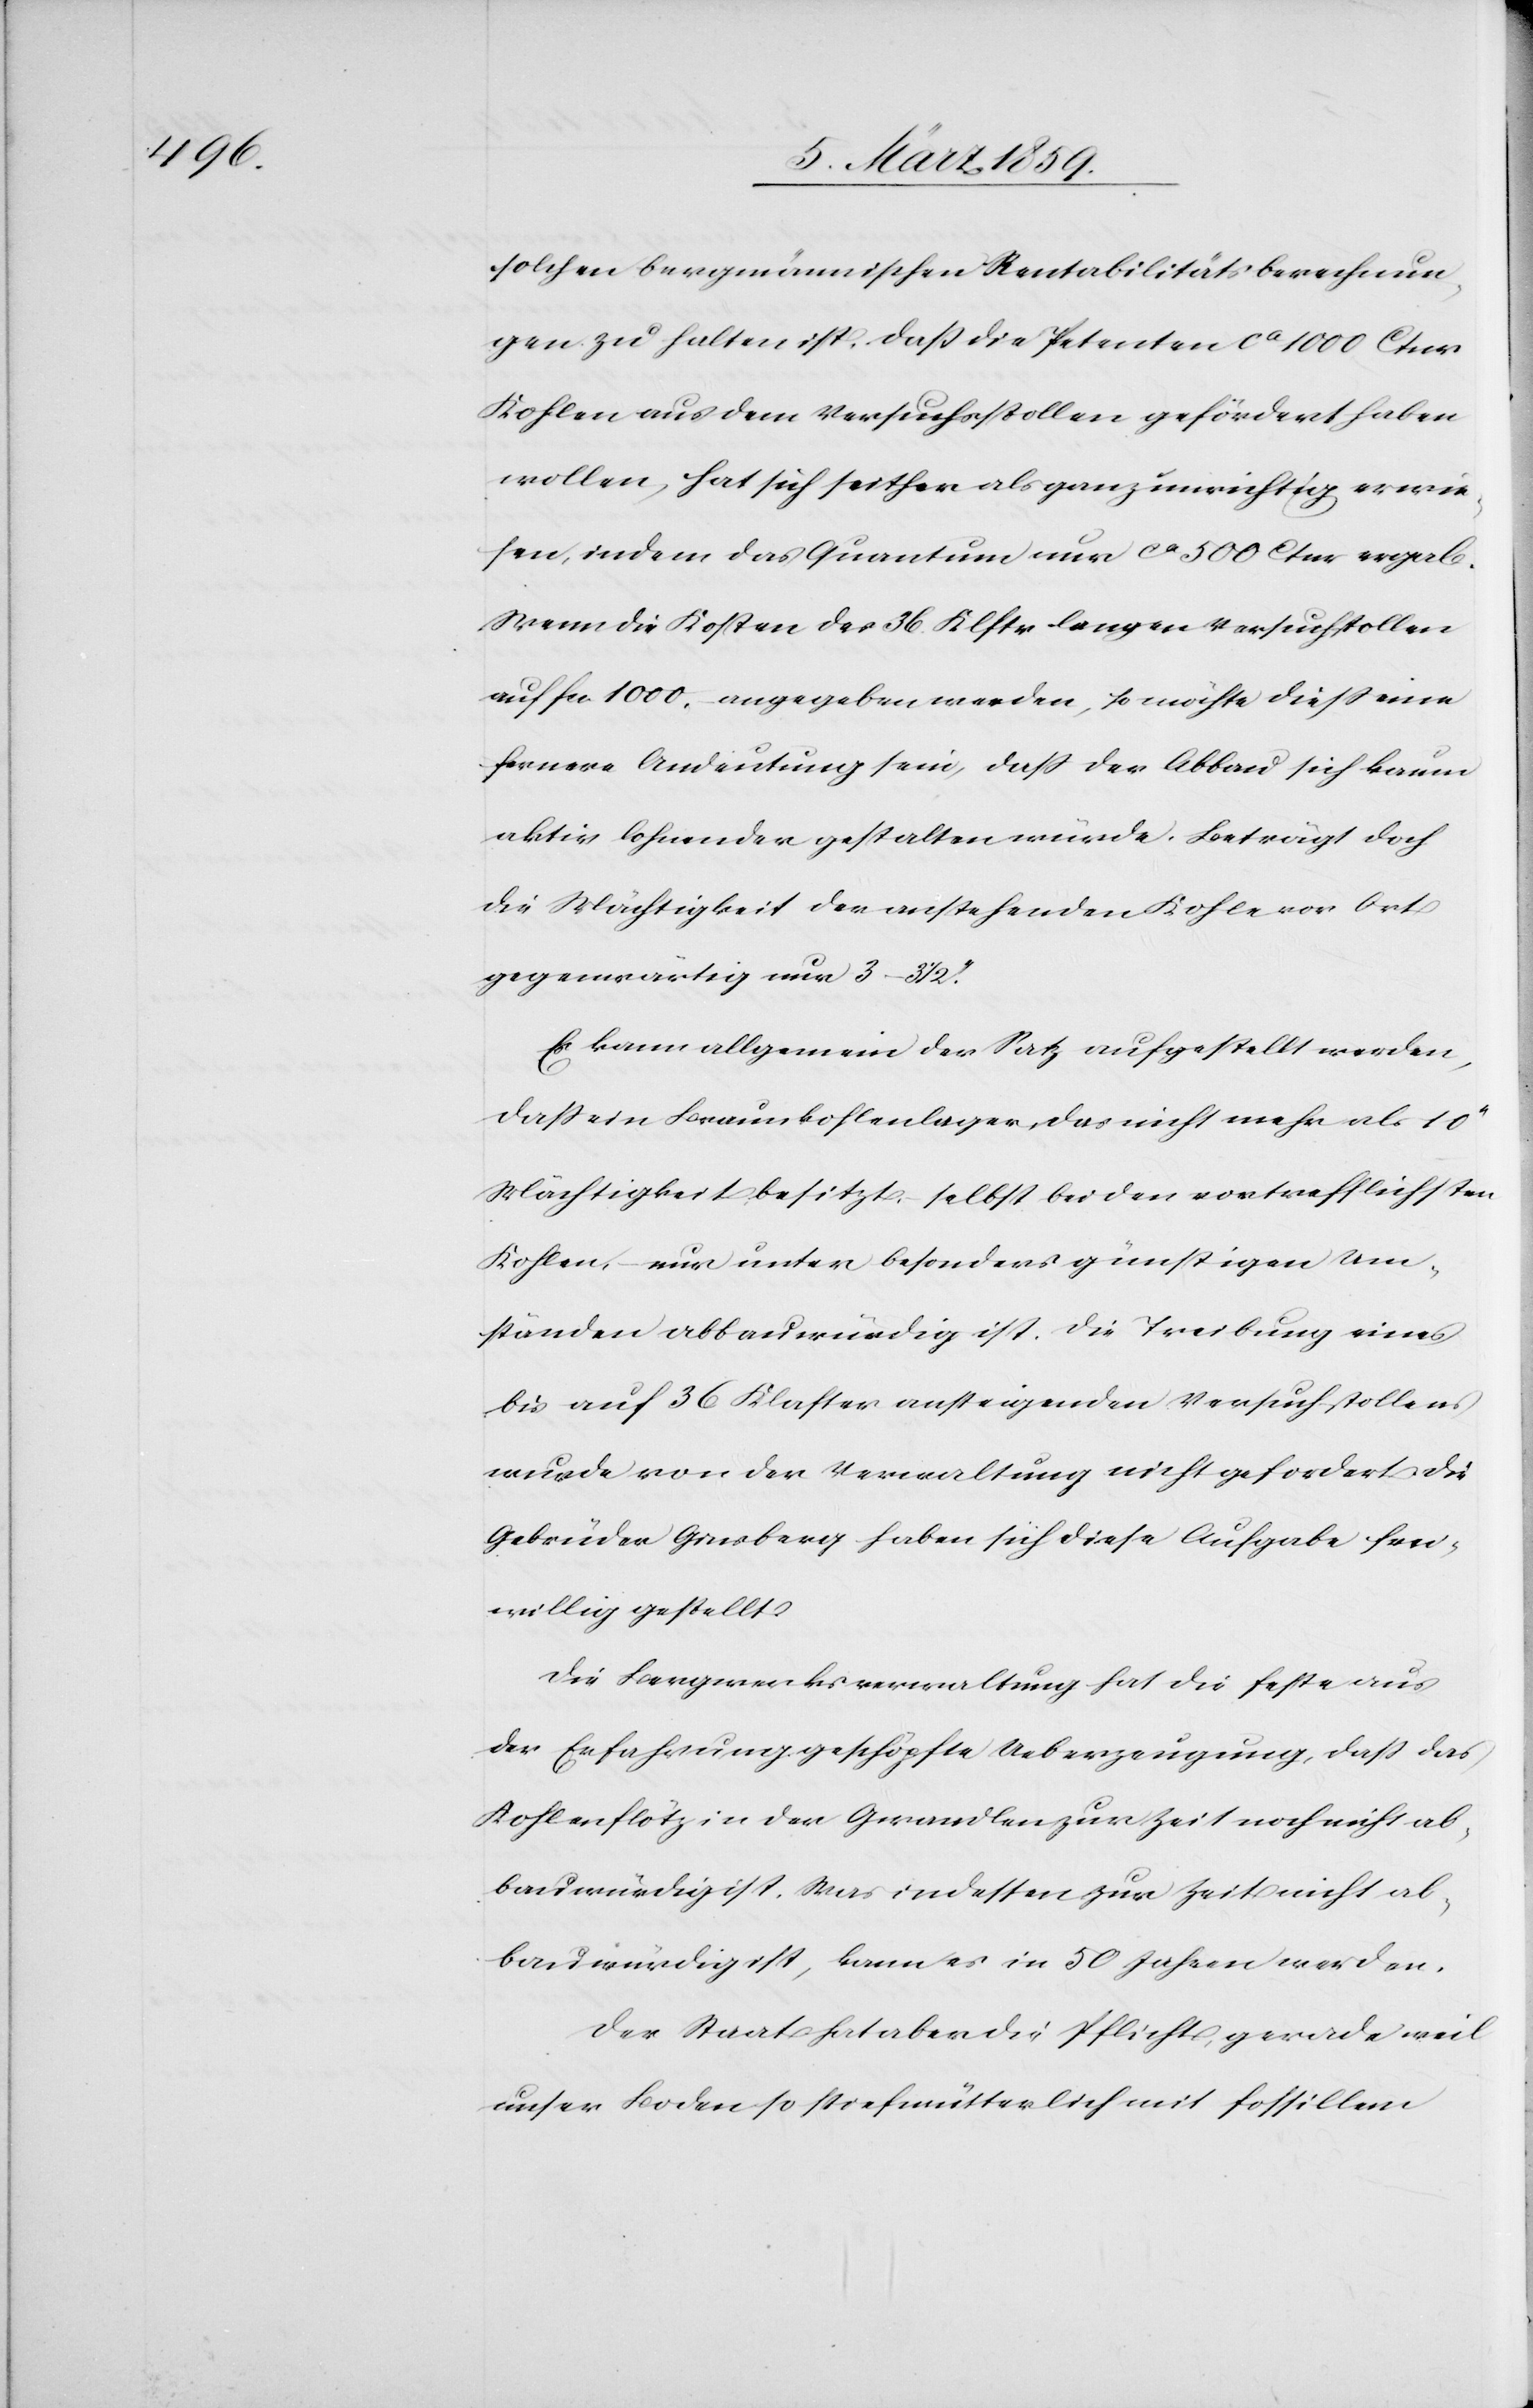
solchen bergmännischen Rentabilitätsberechnun¬
gen zu halten ist. Daß die Petenten ca 1000 Ctnr
Kohlen aus dem Versuchsstollen gefördert haben
wollen, hat sich seither als ganz unrichtig erwie¬
sen, indem das Quantum nur ca 500 Ctnr ergab.
Wenn die Kosten des 36 Klftr langen Versuchsstollen
auf fcs. 1000, angegeben werden, so möchte dieß eine
fernere Andeutung sein, daß der Abbau sich kaum
aktiv lohnender gestalten würde. Beträgt doch
die Mächtigkeit der anstehenden Kohle vor Ort
gegenwärtig nur 3–31/2“.
Es kann allgemein der Satz aufgestellt werden,
daß ein Braunkohlenlager, das nicht mehr als 10“
Mächtigkeit besitzt, selbst bei den vortrefflichsten
Kohlen, nur unter besonders günstigen Um¬
ständen abbauwürdig ist. Die Treibung eines
bis auf 36 Klafter ansteigenden Versuchstollens
wurde von der Verwaltung nicht gefordert. Die
Gebrüder Ginsberg haben sich diese Aufgabe frei¬
willig gestellt.
Die Bergwerksverwaltung hat die feste aus
der Erfahrung geschöpfte Ueberzeugung, daß das
Kohlenflötz in der Gwandlen zur Zeit noch nicht ab¬
bauwürdig ist. Was indessen zur Zeit nicht ab¬
bauwürdig ist, kann es in 50 Jahren werden.
Der Staat hat aber die Pflicht, gerade weil
unser Boden so stiefmütterlich mit fossilem